Lunatic asylums United Provinces 1909-1921 - 1909-1921
Year: 1909
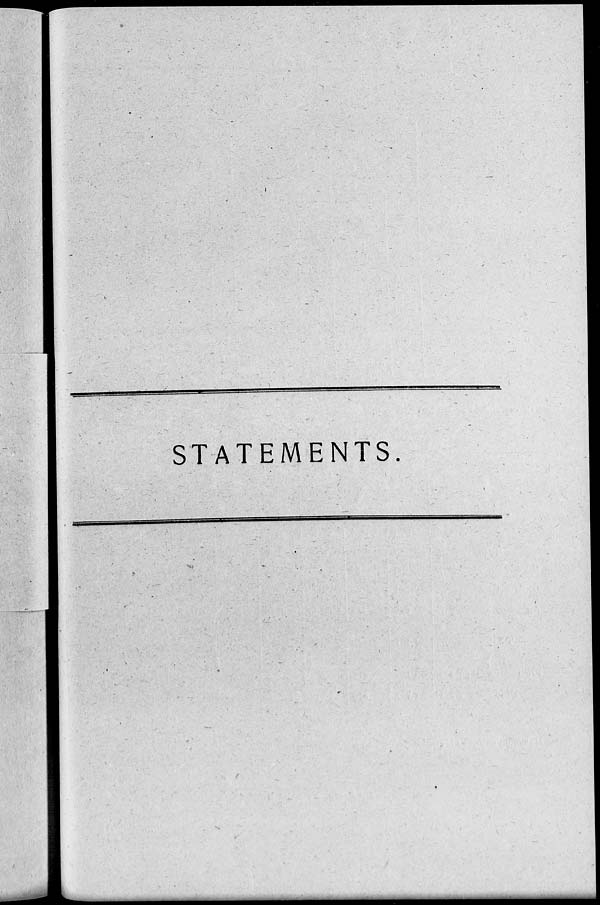
STATEMENTS.